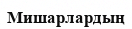
Мишарлардың